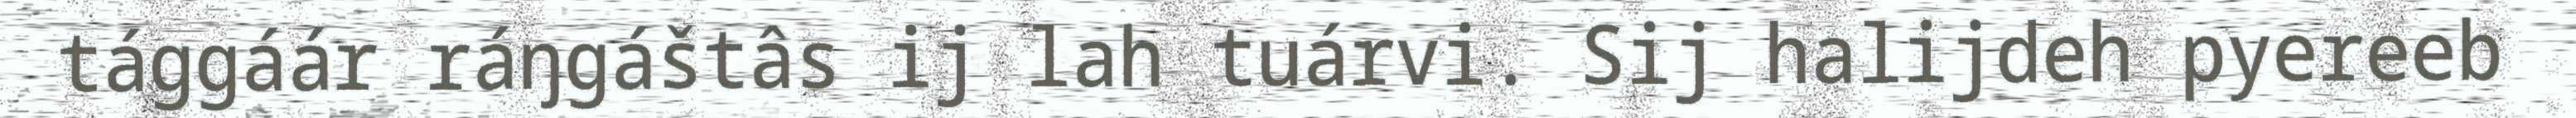
tággáár ráŋgáštâs ij lah tuárvi. Sij halijdeh pyereeb